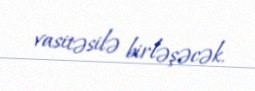
vasitəsilə birləşəcək.